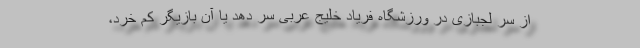
از سر لجبازی در ورزشگاه فریاد خلیج عربی سر دهد یا آن بازیگر کم خرد،